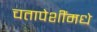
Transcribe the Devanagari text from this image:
चतापेशींमधे